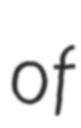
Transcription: of